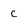
Character: c